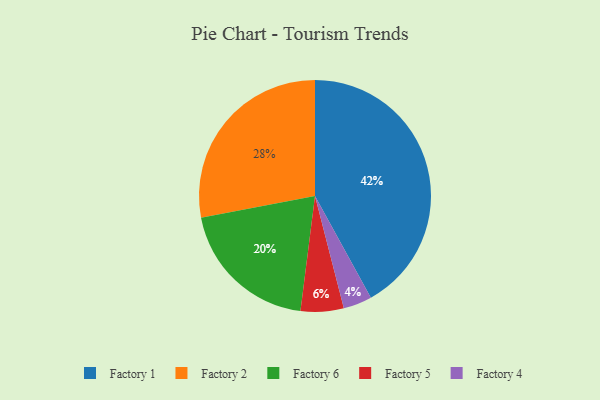
{"axis": {"x": "Category", "y": "Percentage"}, "legend": ["Factory 1", "Factory 2", "Factory 4", "Factory 5", "Factory 6"], "data": [{"x": "Factory 4", "y": 4, "type": "Factory 4"}, {"x": "Factory 2", "y": 28, "type": "Factory 2"}, {"x": "Factory 1", "y": 42, "type": "Factory 1"}, {"x": "Factory 5", "y": 6, "type": "Factory 5"}, {"x": "Factory 6", "y": 20, "type": "Factory 6"}]}